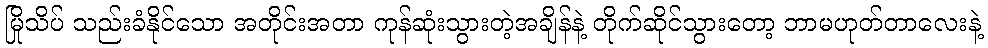
မြိုသိပ် သည်းခံနိုင်သော အတိုင်းအတာ ကုန်ဆုံးသွားတဲ့အချိန်နဲ့ တိုက်ဆိုင်သွားတော့ ဘာမဟုတ်တာလေးနဲ့